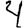
Digit: 4